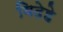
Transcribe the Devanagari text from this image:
विदेहे